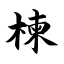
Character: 楝